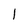
Character: l